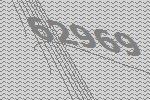
62969